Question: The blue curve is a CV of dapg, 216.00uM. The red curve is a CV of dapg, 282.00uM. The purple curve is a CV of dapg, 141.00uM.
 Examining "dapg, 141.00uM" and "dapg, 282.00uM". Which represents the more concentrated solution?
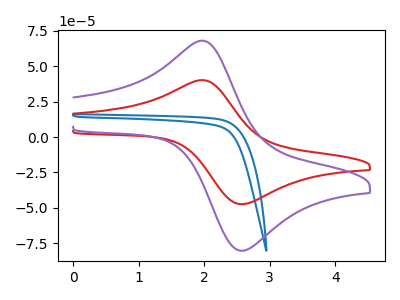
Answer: <think>The blue curve "dapg, 216.00uM" has no peaks. The red curve "dapg, 282.00uM" has an anodic peak at (1.95V, 40.20uA) and a cathodic peak at (2.60V, -47.35uA). The purple curve "dapg, 141.00uM" has an anodic peak at (1.95V, 68.00uA) and a cathodic peak at (2.60V, -80.20uA).
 All the peaks in "dapg, 141.00uM" have a peak in "dapg, 282.00uM" at the same potential. Every peak in "dapg, 141.00uM" is higher than every peak in "dapg, 282.00uM".</think>
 <answer>"dapg, 141.00uM" has more signal than "dapg, 282.00uM" and so likely has a higher concentration.</answer>
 <eval>more_concentration</eval>